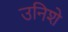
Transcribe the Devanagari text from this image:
उनिशे